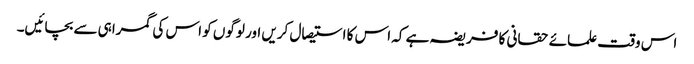
اس وقت علمائے حقانی کا فریضہ ہے کہ اس کا استیصال کریں اور لوگوں کو اس کی گمراہی سے بچائیں۔